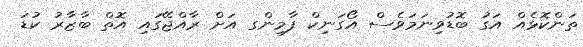
ތަންކޮޅެއް އަގު ބޮޑުވިނަމަވެސް އޯގަނިކް ފާމިންގ އަށް ރާއްޖޭގައި އޮތް ބާޒާރު ކުޑަ